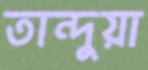
তান্দুয়া